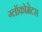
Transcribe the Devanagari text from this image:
ग्लॉकोमेटस